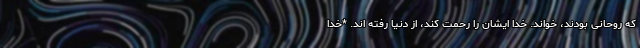
که روحانی بودند، خواند. خدا ایشان را رحمت کند، از دنیا رفته اند. *خدا